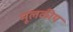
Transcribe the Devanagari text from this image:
मूलकीय